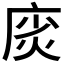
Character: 𫷲